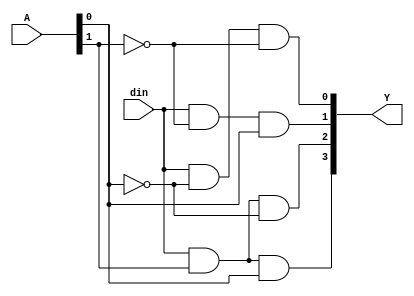
module Demux(output [3:0]Y,input [1:0]A,input din);


    assign Y[0] = din & (~A[0]) & (~A[1]);
    assign Y[1] = din & (~A[1]) & A[0];
    assign Y[2] = din & A[1] & (~A[0]);
    assign Y[3] = din & A[1] & A[0];

endmodule